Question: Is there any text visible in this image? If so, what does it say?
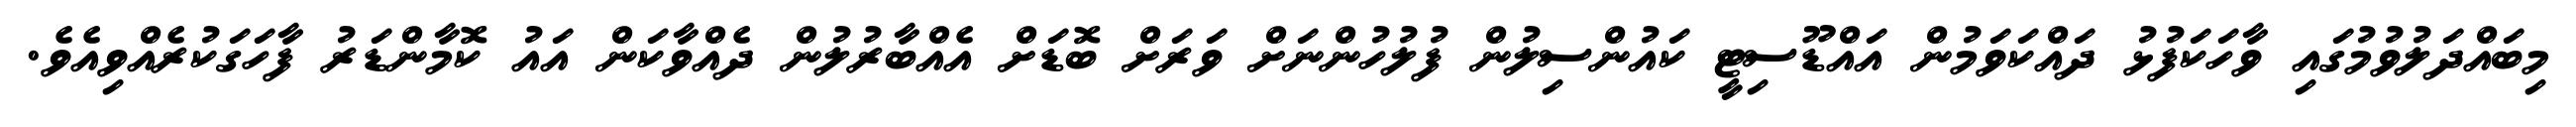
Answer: މިބައްދަލުވުމުގައި ވާހަކަފުޅު ދައްކަވަމުން އައްޑޫސިޓީ ކައުންސިލުން ފުލުހުންނަށް ވަރަށް ބޮޑަށް އެއްބާރުލުން ދެއްވާކަން އައު ކޮމާންޑަރު ފާހަގަކުރެއްވިއެވެ.